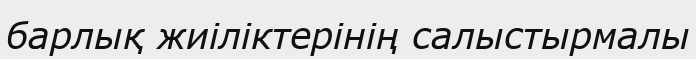
барлық жиіліктерінің салыстырмалы